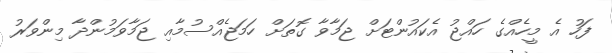
ފަހު އެ މީހެއްގެ ހައްޖު އެކައުންޓަށް ޖަމާވާ ގޮތަށް ހަމަޖެއްސުމާއި ޖަމާވަމުންދާ މިންވަރު